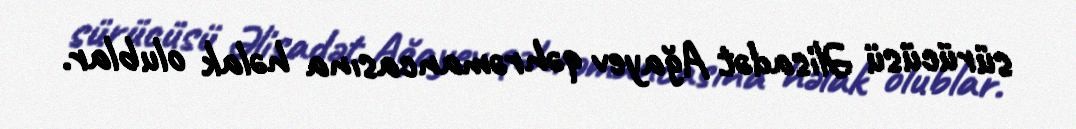
sürücüsü Əlisadət Ağayev qəhrəmancasına həlak olublar.